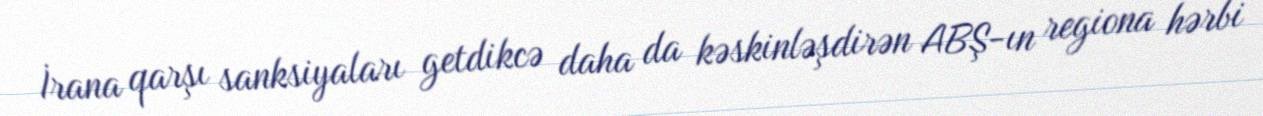
İrana qarşı sanksiyaları getdikcə daha da kəskinləşdirən ABŞ-ın regiona hərbi